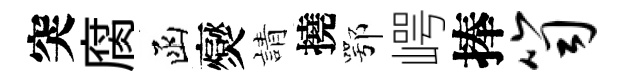
突腐函爕請撓鄂崿捧笥